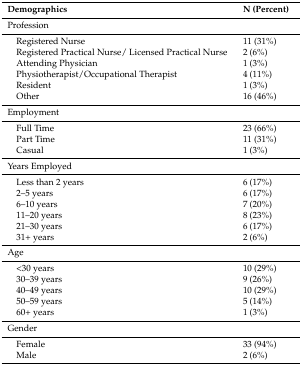
<table><thead><tr><td><b>Demographics</b></td><td><b>N (Percent)</b></td></tr></thead><tbody><tr><td>Profession</td><td></td></tr><tr><td> Registered Nurse</td><td>11 (31%)</td></tr><tr><td> Registered Practical Nurse/ Licensed Practical Nurse</td><td>2 (6%)</td></tr><tr><td> Attending Physician</td><td>1 (3%)</td></tr><tr><td> Physiotherapist/Occupational Therapist</td><td>4 (11%)</td></tr><tr><td> Resident</td><td>1 (3%)</td></tr><tr><td> Other</td><td>16 (46%)</td></tr><tr><td>Employment</td><td></td></tr><tr><td> Full Time</td><td>23 (66%)</td></tr><tr><td> Part Time</td><td>11 (31%)</td></tr><tr><td> Casual</td><td>1 (3%)</td></tr><tr><td>Years Employed</td><td></td></tr><tr><td> Less than 2 years</td><td>6 (17%)</td></tr><tr><td> 2–5 years</td><td>6 (17%)</td></tr><tr><td> 6–10 years</td><td>7 (20%)</td></tr><tr><td> 11–20 years</td><td>8 (23%)</td></tr><tr><td> 21–30 years</td><td>6 (17%)</td></tr><tr><td> 31+ years</td><td>2 (6%)</td></tr><tr><td>Age</td><td></td></tr><tr><td> &lt;30 years</td><td>10 (29%)</td></tr><tr><td> 30–39 years</td><td>9 (26%)</td></tr><tr><td> 40–49 years</td><td>10 (29%)</td></tr><tr><td> 50–59 years</td><td>5 (14%)</td></tr><tr><td> 60+ years</td><td>1 (3%)</td></tr><tr><td>Gender</td><td></td></tr><tr><td> Female</td><td>33 (94%)</td></tr><tr><td> Male</td><td>2 (6%)</td></tr></tbody></table>